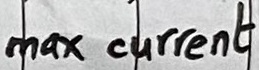
Text: max current